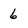
Character: 6